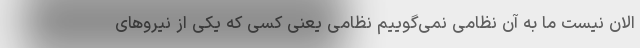
الان نیست ما به آن نظامی نمی‌گوییم نظامی یعنی کسی که یکی از نیروهای